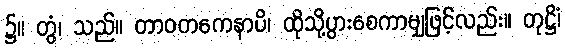
၌။ တွံ၊ သည်။ တာဝတကေနာပိ၊ ထိုသို့ပွားစေကာမျှဖြင့်လည်း။ တုဋ္ဌိံ၊